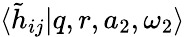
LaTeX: \langle\tilde{h}_{ij}|q,r,a_{2},\omega_{2}\rangle